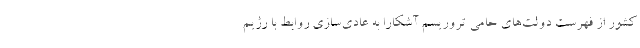
کشور از فهرست دولت‌های حامی تروریسم آشکارا به عادی‌سازی روابط با رژیم